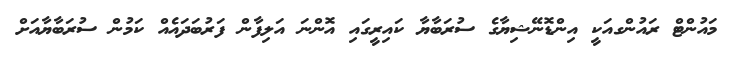
މައުންޓް ރައުންގއަކީ އިންޑޮނޭޝިޔާގެ ސުރަބާޔާ ކައިރީގައި އޮންނަަ އަލިފާން ފަރުބަދައެއް ކަމުން ސުރަބާޔާއަށް